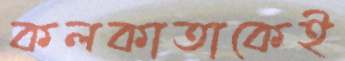
কলকাতাকেই